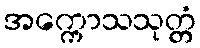
အက္ကောသသုတ္တံ